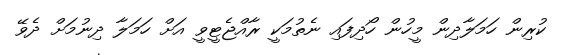
ކުރިން ހަމަލާދިން މީހުން ހޯދިފައި ނެތުމަކީ ރާއްޖެޓީވީ އަށް ހަމަލާ ދިނުމަށް ދެވޭ